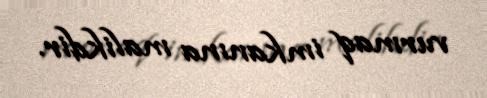
vurmaq imkanına malikdir.